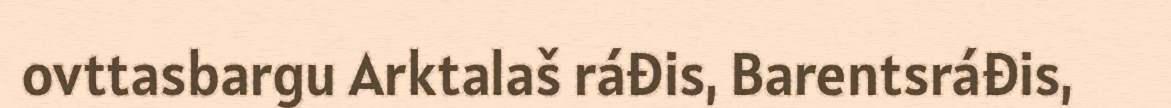
ovttasbargu Arktalaš ráđis, Barentsráđis,